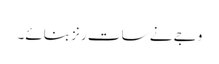
وجے نے سات رنز بنائے۔